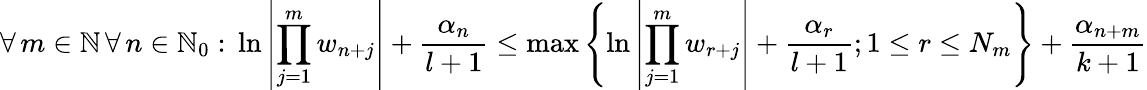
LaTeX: \forall\, m\in\mathbb{N}\, \forall\, n\in\mathbb{N}_{0}:\, \ln\left|\prod_{j=1}^{m}w_{n+j}\right|+\frac{\alpha_{n}}{l+1}\leq\operatorname*{max}\left\{ \ln\left|\prod_{j=1}^{m}w_{r+j}\right|+\frac{\alpha_{r}}{l+1};1\leq r\leq N_{m}\right\} +\frac{\alpha_{n+m}}{k+1}